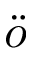
\ddot { o }